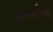
ચરમાળિયા